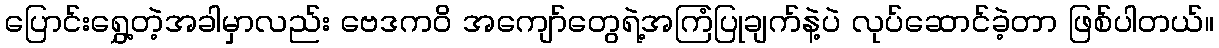
ပြောင်းရွှေ့တဲ့အခါမှာလည်း ဗေဒကဝိ အကျော်တွေရဲ့အကြံပြုချက်နဲ့ပဲ လုပ်ဆောင်ခဲ့တာ ဖြစ်ပါတယ်။